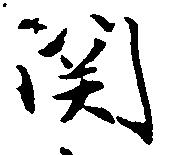
関